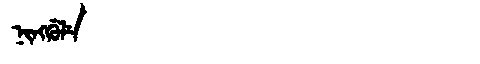
Manchu: ᠨᡳᠩᡤᡠᠯᡝ
Romanization: NINGGULE